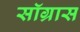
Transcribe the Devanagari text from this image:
सॉग्रास